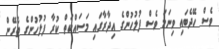
ވެސް ހޭދެބައި ވިނަމަ ވެސް ފުލުހުންގެ އިދާރާގައި މަސައްކަތް ކުރާ ފުލުހުންގެ ތެރޭން